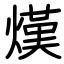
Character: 熯